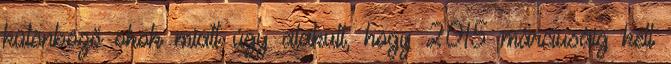
különböző okok miatt úgy alakult, hogy 2015 márciusáig kell